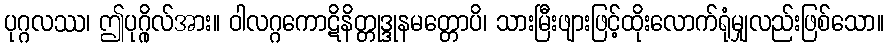
ပုဂ္ဂလဿ၊ ဤပုဂ္ဂိုလ်အား။ ဝါလဂ္ဂကောဋိနိတ္တုဒ္ဒုနမတ္တောပိ၊ သားမြီးဖျားဖြင့်ထိုးလောက်ရုံမျှလည်းဖြစ်သော။